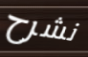
نشرح